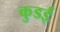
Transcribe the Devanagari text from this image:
कुडई